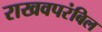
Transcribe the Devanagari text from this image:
राखवपरंबिल